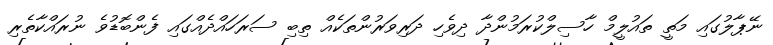
ނޭޕާލުގައި މަތީ ތައުލީމް ހާސިލްކުރަމުންދާ ދިވެހި ދަރިވަރުންތަކެއް ތިބި ސަރަހައްދެއްގައި ފެންބޮޑުވެ ނުރައްކާތެރި